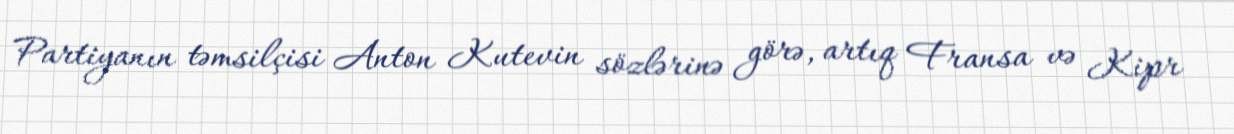
Partiyanın təmsilçisi Anton Kutevin sözlərinə görə, artıq Fransa və Kipr